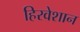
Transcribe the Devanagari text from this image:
हिरवेशान